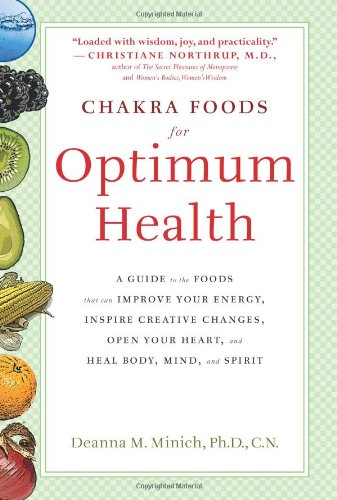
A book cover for Chakra Foods for Optimum Health: A Guide to the Foods That Can Improve Your Energy, Inspire Creative Changes, Open Your Heart, and Heal Body, Mind, and Spirit; Deanna M Minich PhD CN; Religion & Spirituality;